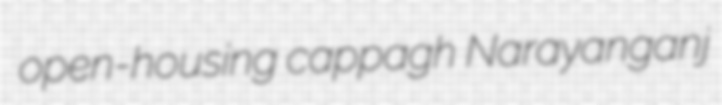
open-housing cappagh Narayanganj